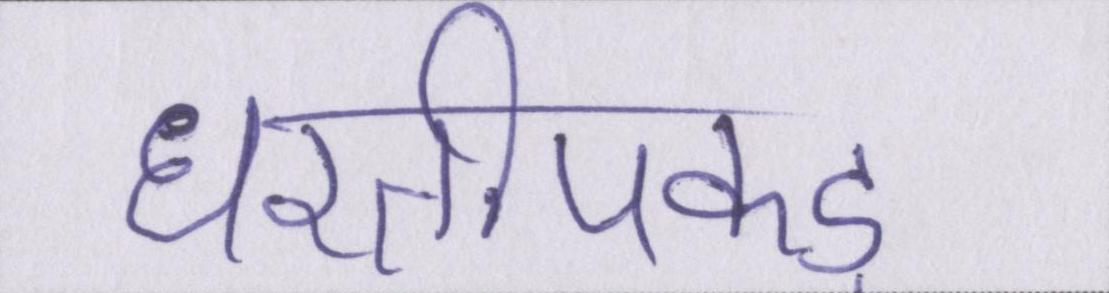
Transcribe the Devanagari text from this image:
धरतीपकड़